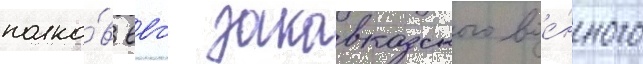
полко́в ввс закавказского вое́нного